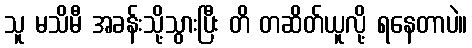
သူ မသိမီ အခန်းသို့သွားပြီး တိ တဆိတ်ယူလို့ ရနေတာပဲ။